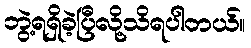
ဘွဲ့ရရှိခဲ့ပြီလို့သိရပါတယ်။